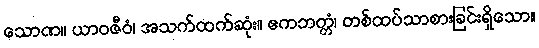
သောဏ။ ယာဝဇီဝံ၊ အသက်ထက်ဆုံး။ ဧကဘတ္တံ၊ တစ်ထပ်သာစားခြင်းရှိသော။